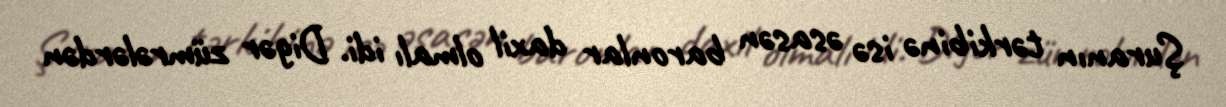
Şuranın tərkibinə isə əsasən baronlar daxil olmalı idi. Digər zümrələrdən